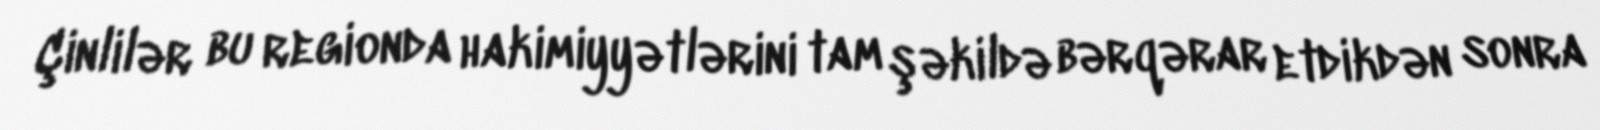
Çinlilər bu regionda hakimiyyətlərini tam şəkildə bərqərar etdikdən sonra